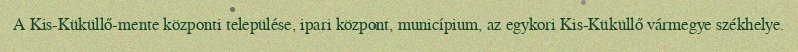
A Kis-Küküllő-mente központi települése, ipari központ, municípium, az egykori Kis-Küküllő vármegye székhelye.